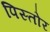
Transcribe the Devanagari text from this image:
पिस्तोर